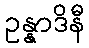
ဥန္နာဒိနီ